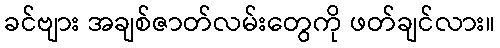
ခင်ဗျား အချစ်ဇာတ်လမ်းတွေကို ဖတ်ချင်လား။